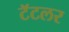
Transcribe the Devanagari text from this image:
टॅटलर